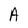
Character: A